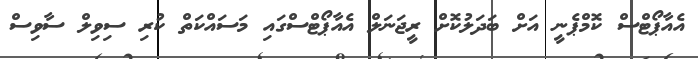
އެއާޕޯޓްސް ކޮމްޕެނީ އަށް ބަދަލުކޮށް ރީޖަނަލް އެއާޕޯޓްސްގައި މަސައްކަތް ކުރި ސިވިލް ސާވިސް